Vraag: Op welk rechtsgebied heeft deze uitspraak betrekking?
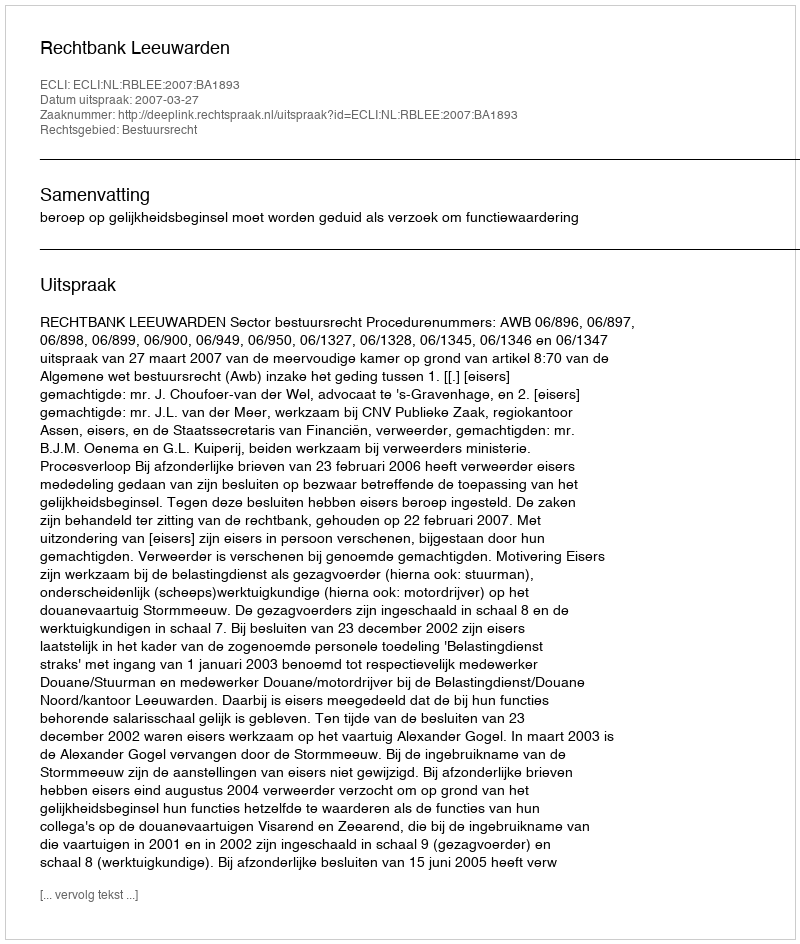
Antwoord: Bestuursrecht